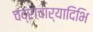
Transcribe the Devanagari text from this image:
चंद्राचार्यादिभि